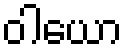
ဝါယော